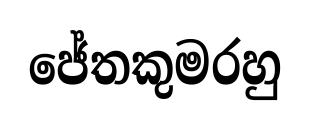
ජේතකුමරහු